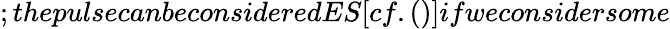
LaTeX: ;thepulsecanbeconsideredES[cf.()]ifweconsidersome